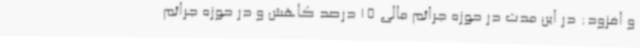
و افزود: در این مدت در حوزه جرائم مالی 15 درصد کاهش و در حوزه جرائم